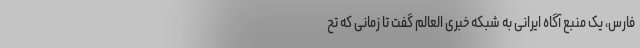
فارس،‌ یک منبع آگاه ایرانی به شبکه خبری العالم گفت تا زمانی که تح